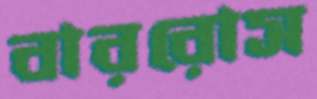
বাররোস